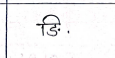
मजकूर: ङि.